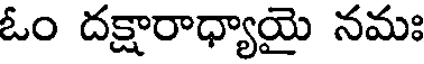
ఓం దక్షారాధ్యాయై నమః